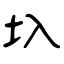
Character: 圦